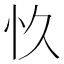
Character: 𮱿